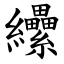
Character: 纝